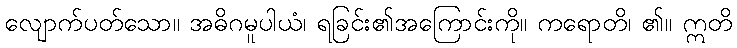
လျောက်ပတ်သော။ အဓိဂမူပါယံ၊ ရခြင်း၏အကြောင်းကို။ ကရောတိ၊ ၏။ ဣတိ